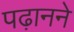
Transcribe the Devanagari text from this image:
पढ़ानने